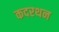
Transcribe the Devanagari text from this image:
कदरथन